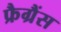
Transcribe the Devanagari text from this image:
फ्रैग्रैंस